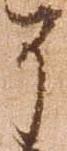
了